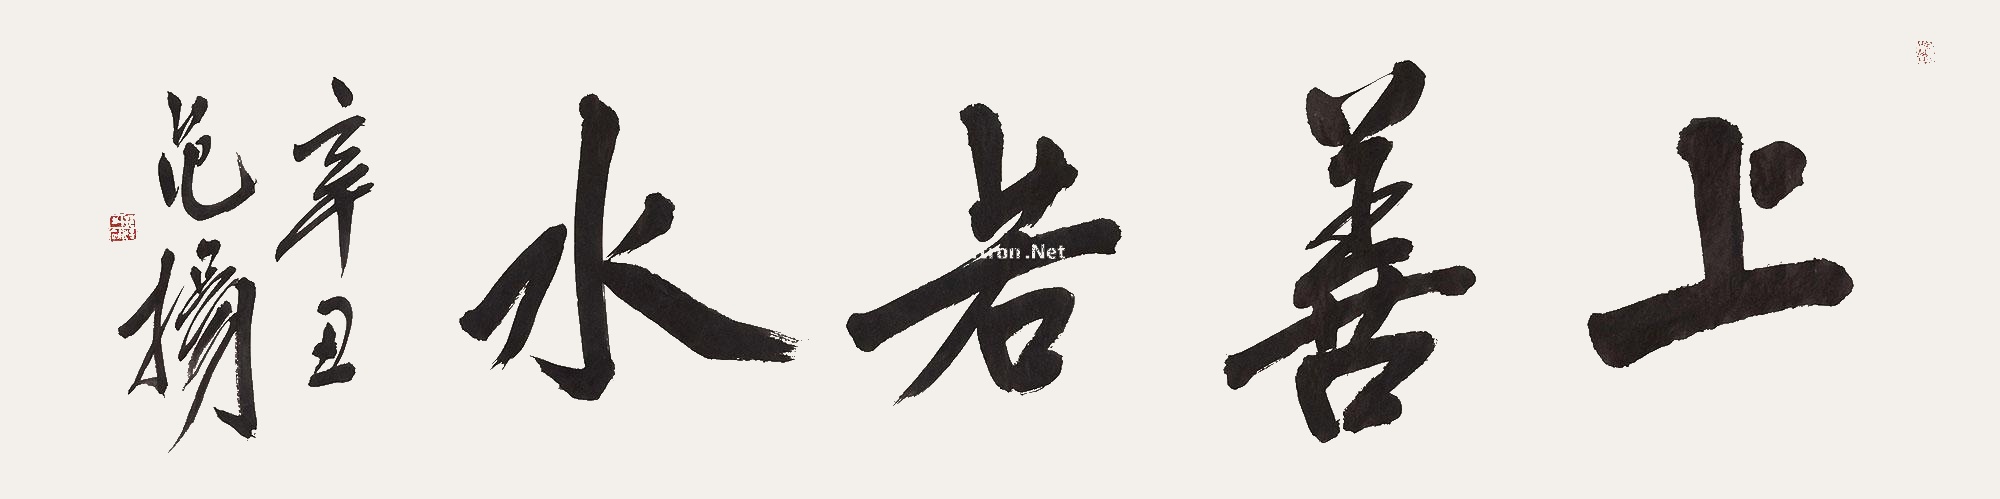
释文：上善若水辛丑范扬。